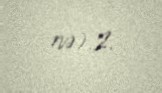
nə).2.